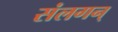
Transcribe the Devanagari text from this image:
संलगन्